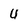
Character: 4